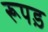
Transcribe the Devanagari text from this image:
रूपड़